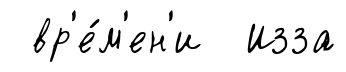
вр'е́м'ен'и Изза